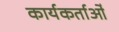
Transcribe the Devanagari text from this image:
कार्यकर्ताओँ